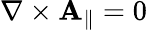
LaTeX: \nabla\times\mathbf{A}_{\parallel}=0